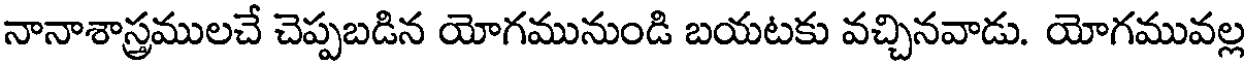
నానాశాస్త్రములచే చెప్పబడిన యోగమునుండి బయటకు వచ్చినవాడు. యోగమువల్ల